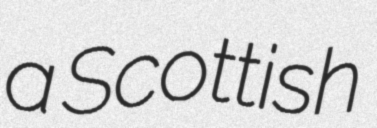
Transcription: a Scottish